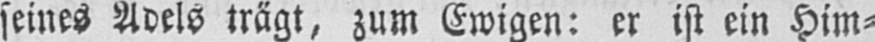
seines Adels trägt, zum Ewigen: er ist ein Him⸗